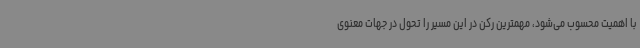
با اهمیت محسوب می‌شود، مهمترین رکن در این مسیر را تحول در جهات معنوی